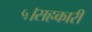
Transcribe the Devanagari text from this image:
५।सहकारी